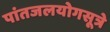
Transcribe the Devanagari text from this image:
पांतजलयोगसूत्रे